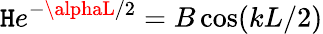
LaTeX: \mathtt{H}e^{-\alphaL/2}=B\cos(kL/2)